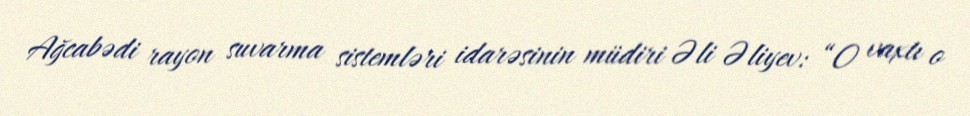
Ağcabədi rayon suvarma sistemləri idarəsinin müdiri Əli Əliyev: “O vaxtı o